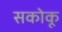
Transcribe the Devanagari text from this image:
सकोकू